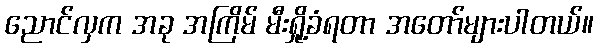
ညောင်လှက အခု အကြိမ် မီးရှို့ခံရတာ အတော်များပါတယ်။